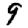
Digit: 9